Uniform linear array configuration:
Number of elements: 12
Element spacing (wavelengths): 0.5
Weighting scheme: cosine
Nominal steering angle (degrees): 60
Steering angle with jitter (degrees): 59.441
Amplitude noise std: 0.05
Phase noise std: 0.05

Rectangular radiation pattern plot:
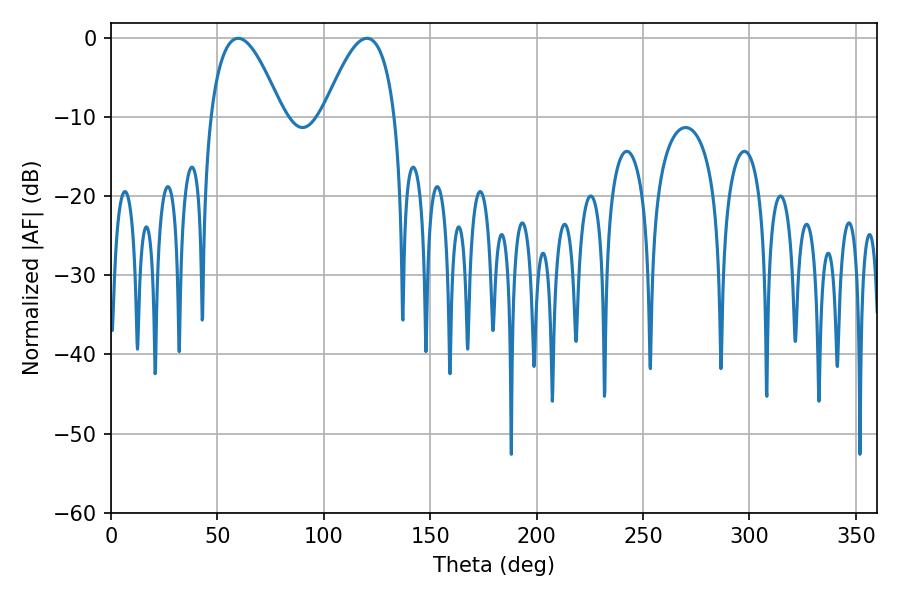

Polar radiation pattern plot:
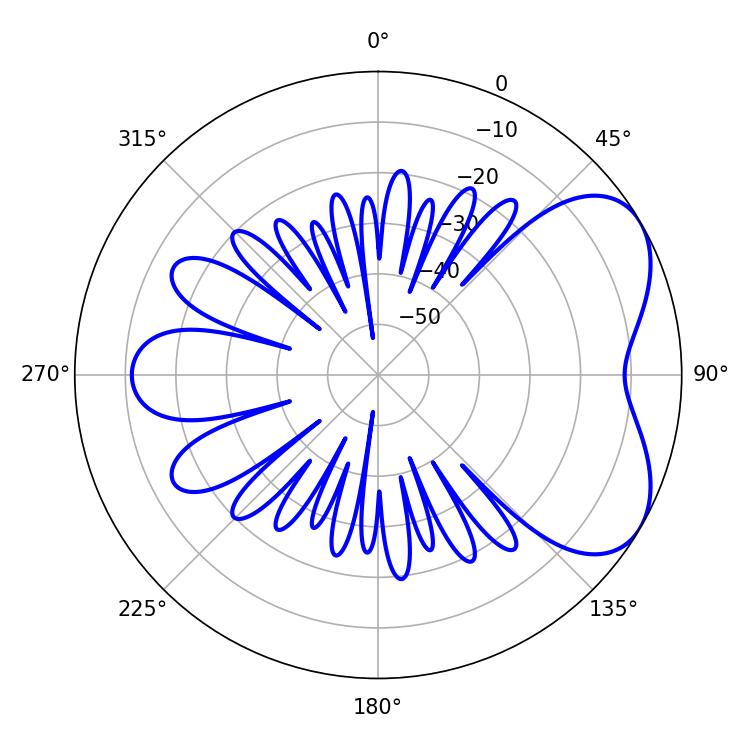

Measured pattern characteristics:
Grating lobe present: FALSE
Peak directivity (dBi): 5.288
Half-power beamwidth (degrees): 18.36
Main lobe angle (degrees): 59.76